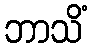
ဘာသိံ